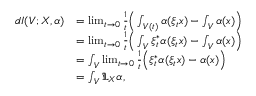
\begin{array} { r l } { d I ( V ; X , \alpha ) } & { = \operatorname* { l i m } _ { t \to 0 } \frac { 1 } { t } \Big ( \int _ { V ( t ) } \alpha ( \xi _ { t } x ) - \int _ { V } \alpha ( x ) \Big ) } \\ & { = \operatorname* { l i m } _ { t \to 0 } \frac { 1 } { t } \Big ( \int _ { V } \xi _ { t } ^ { \ast } \alpha ( \xi _ { t } x ) - \int _ { V } \alpha ( x ) \Big ) } \\ & { = \int _ { V } \operatorname* { l i m } _ { t \to 0 } \frac { 1 } { t } \Big ( \xi _ { t } ^ { \ast } \alpha ( \xi _ { t } x ) - \alpha ( x ) \Big ) } \\ & { = \int _ { V } \mathfrak { L } _ { X } \alpha , } \end{array}